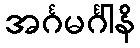
အင်္ဂမင်္ဂါနိ